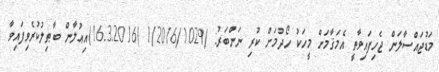
މަޑުޖައްސާލަން ޖެހިފައިވާތީ އެމަޤާމަށް މީހަކު ހޯދުމަށް ކުރި ނަންބަރު: /1/2016/1029 (16.3.2016)އިޢުލާން ބާޠިލުކުރެވިފައިވާ